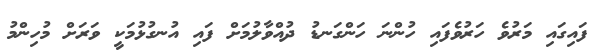
ފައިގައި މަރުވެ ހަރުވެފައި ހުންނަ ހަންގަނޑު ދުއްވާލުމަށް ފައި އުނގުޅުމަކީ ވަރަށް މުހިންމު